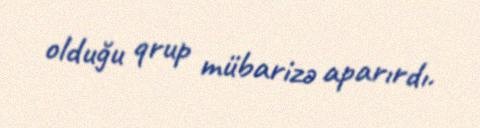
olduğu qrup mübarizə aparırdı.